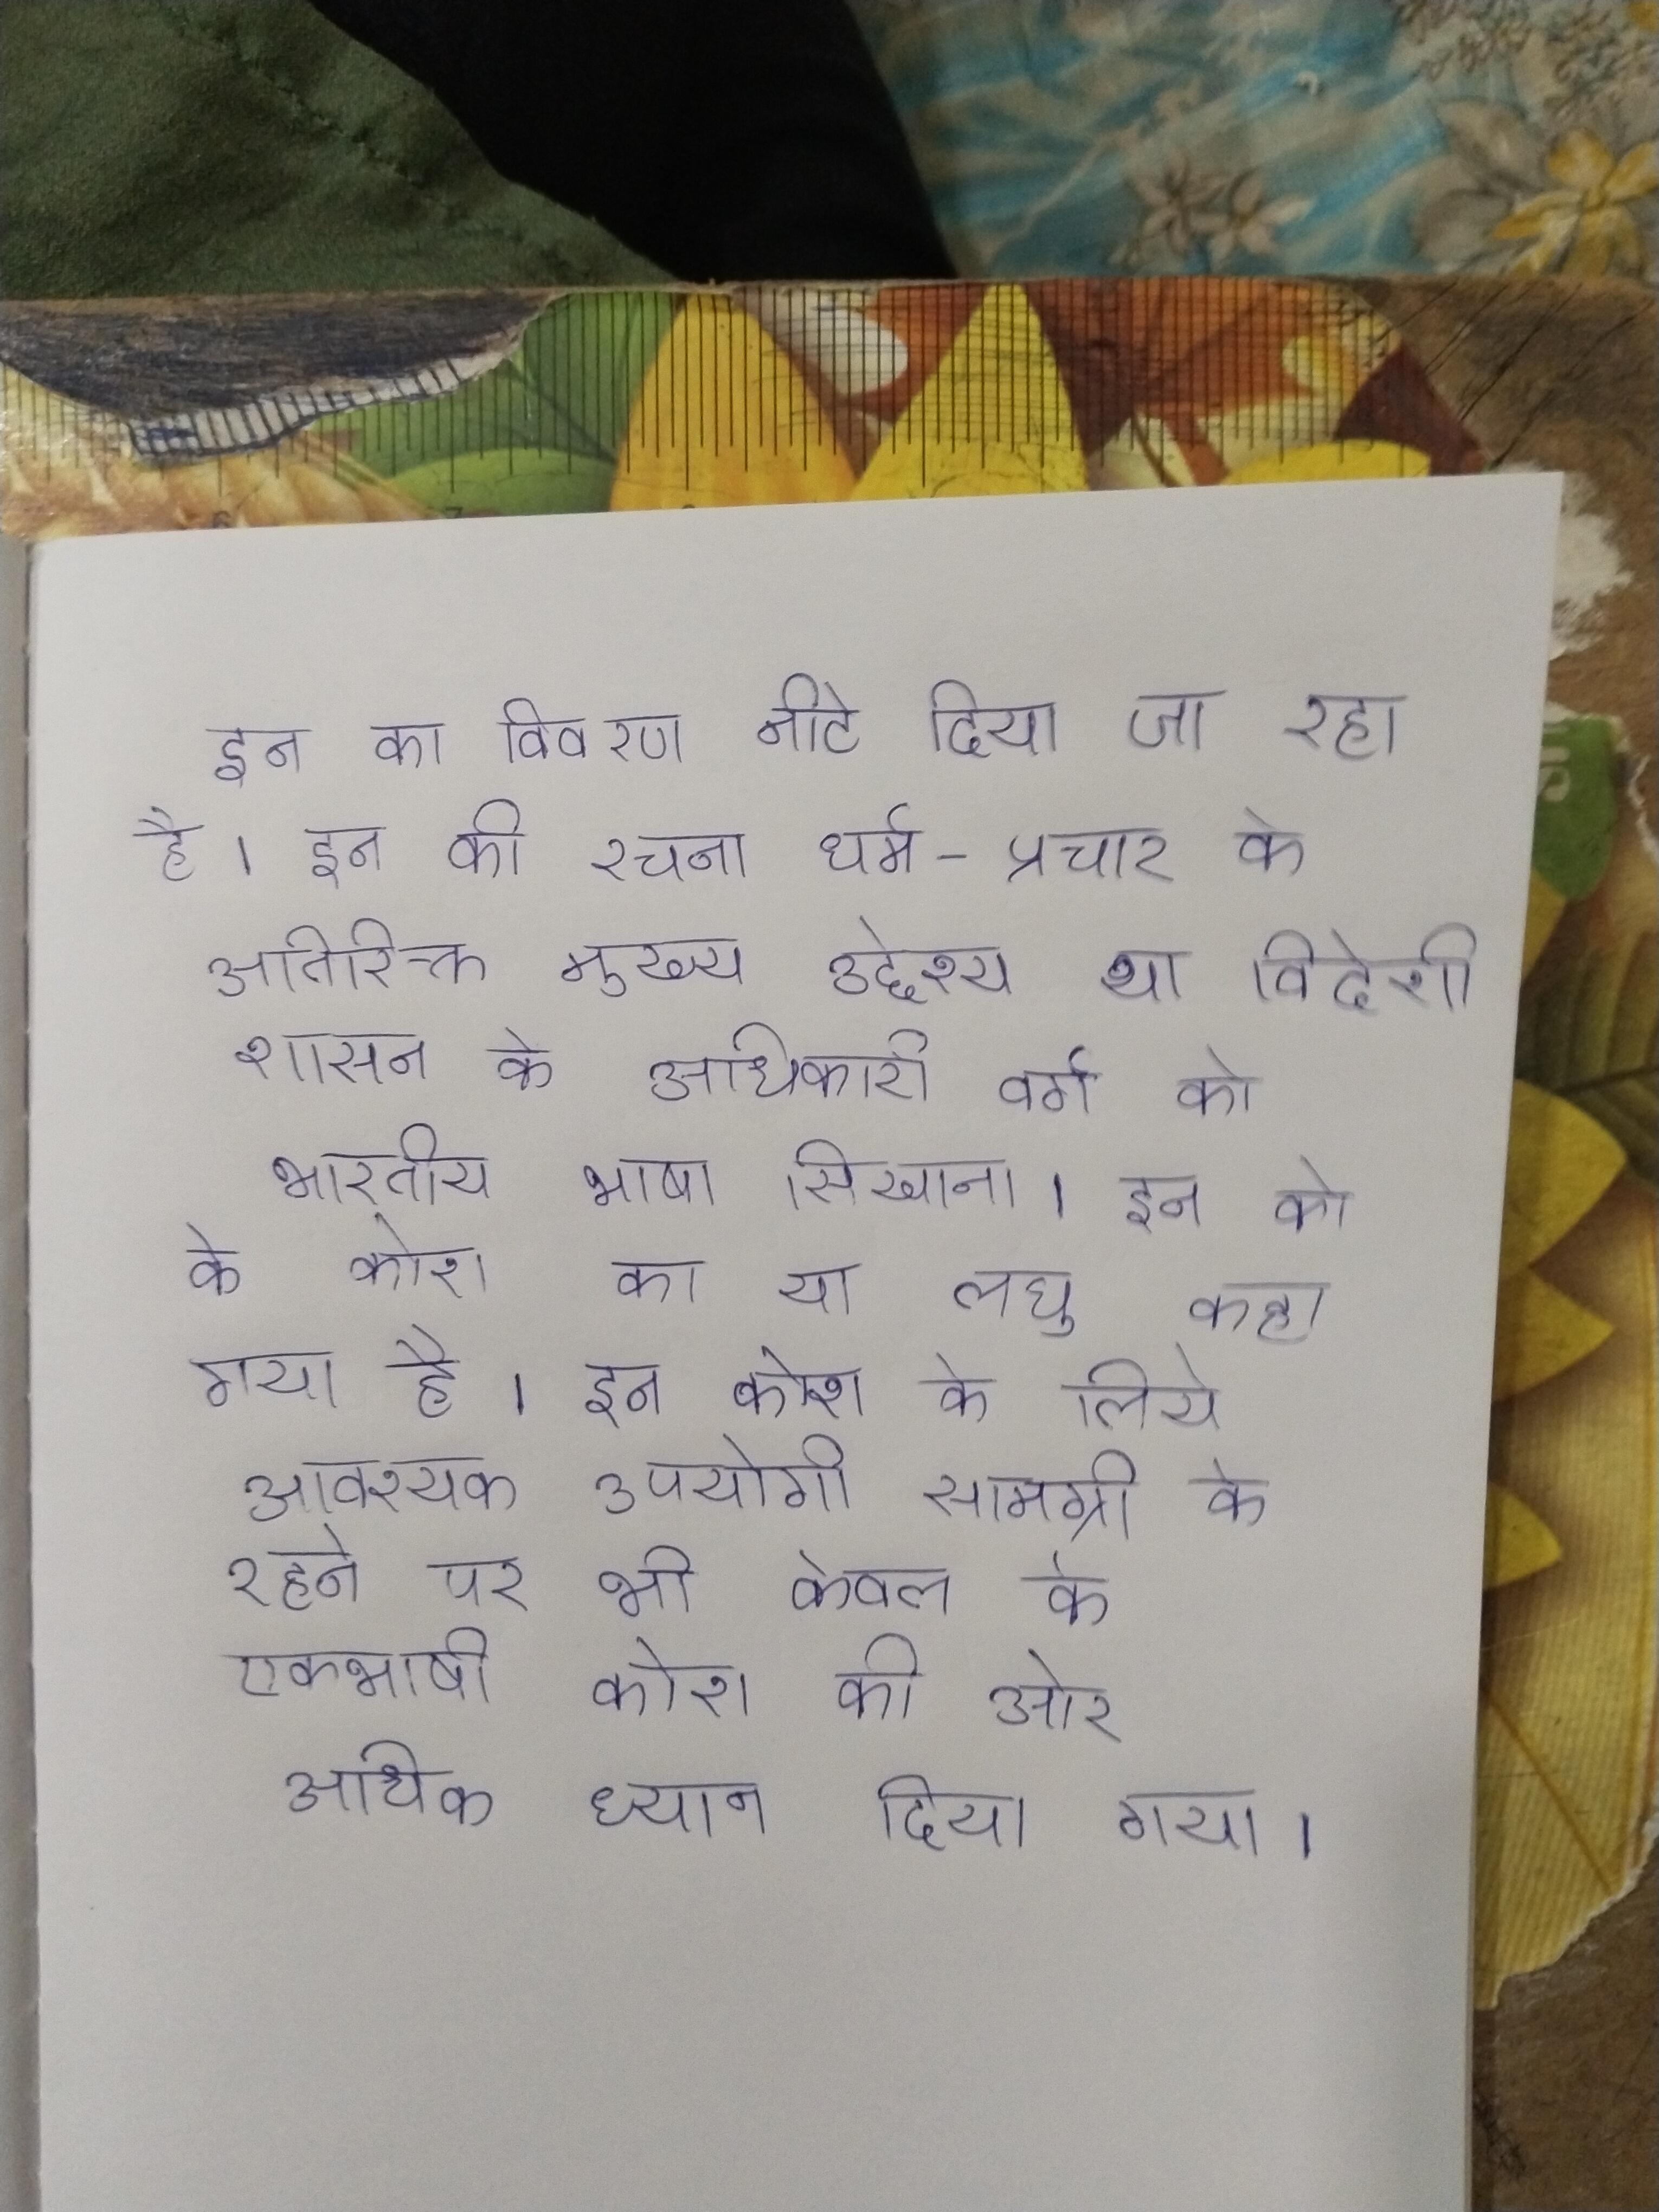
इन का विवरण नीटे दिया जा रहा है । इन की रचना धर्म-प्रचार के अतिरिक्त मुख्य उद्देश्य था विदेशी शासन के अधिकारी वर्ग को भारतीय भाषा सिखाना । इन को के कोश का या लघु कहा गया है । इन कोश के लिये आवश्यक और उपयोगी सामग्री के रहने पर भी केवल के एकभाषी कोश की ओर अधिक ध्यान दिया गया ।